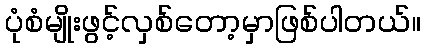
ပုံစံမျိုးဖွင့်လှစ်တော့မှာဖြစ်ပါတယ်။